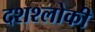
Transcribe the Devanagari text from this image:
दशश्लोकी